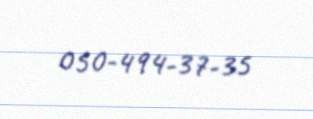
050-494-37-35